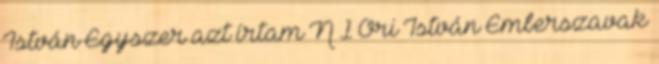
István Egyszer azt írtam N 1 Őri István Emberszavak